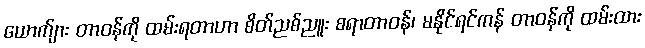
ယောက်ျား တာဝန်ကို ထမ်းရတာဟာ စိတ်ညစ်ညူး စရာတာဝန်၊ မနိုင်ရင်ကန် တာဝန်ကို ထမ်းထား